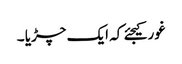
غور کیجئے کہ ایک چڑیا ۔